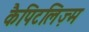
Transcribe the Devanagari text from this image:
कैपिटलिज़्म